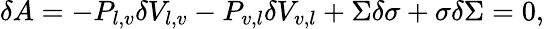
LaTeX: \delta A=-P_{l,v}\delta V_{l,v}-P_{v,l}\delta V_{v,l}+\Sigma\delta\sigma+\sigma\delta\Sigma=0,